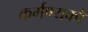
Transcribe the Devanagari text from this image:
कर्मण्यकों